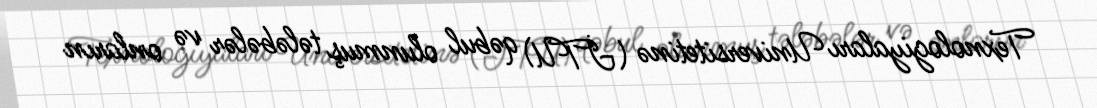
Texnologiyaları Universitetinə (İTU) qəbul olunmuş tələbələr və onların